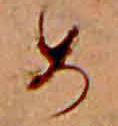
め